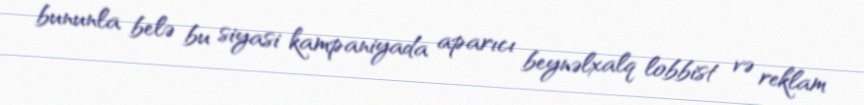
bununla belə bu siyasi kampaniyada aparıcı beynəlxalq lobbist və reklam